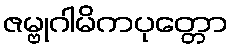
ဇမ္ဗုဂါမိကပုတ္တော